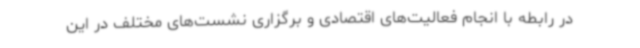
در رابطه با انجام فعالیت‌های اقتصادی و برگزاری نشست‌های مختلف در این